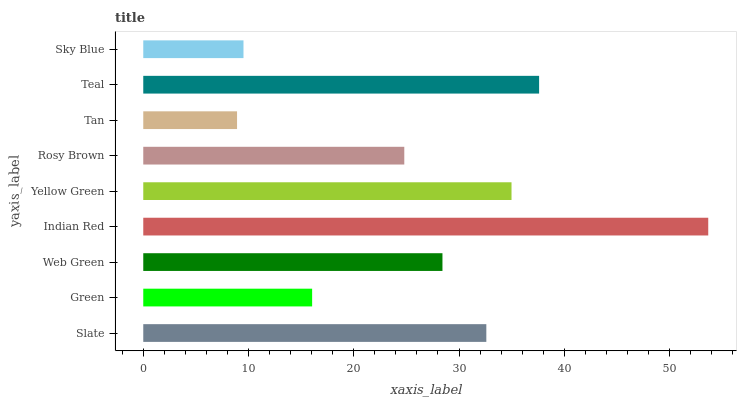
| yaxis_label | bars |
 | --- | --- |
 | Slate | 32.6 |
 | Green | 16 |
 | Web Green | 28.4 |
 | Indian Red | 53.7 |
 | Yellow Green | 35 |
 | Rosy Brown | 24.8 |
 | Tan | 8.91 |
 | Teal | 37.6 |
 | Sky Blue | 9.52 |